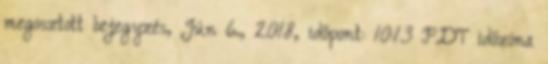
megosztott bejegyzés, Jún 6., 2018, időpont: 10:13 PDT időzóna